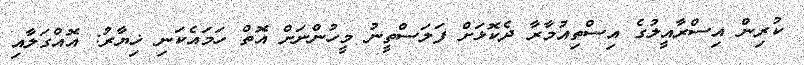
ކުރިން އިސްރާއީލުގެ އިސްތިއުމާރާ ދެކޮޅަށް ފަލަސްތީނު މީހުންނަށް އޮތް ހަމައެކަނި ޚިޔާރު: އޮއްގަލާއި